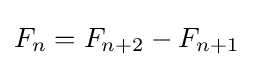
F_{n}=F_{n+2}-F_{n+1}